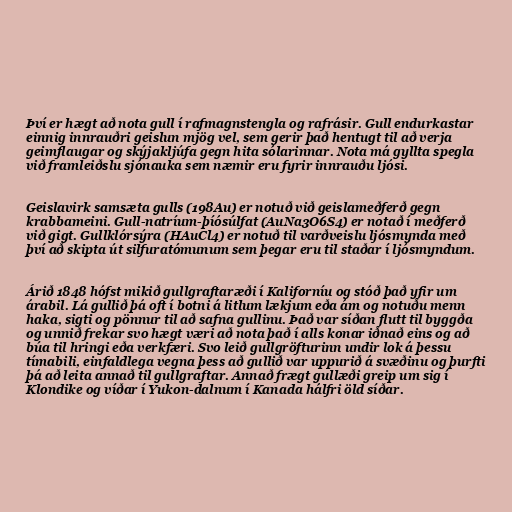
Því er hægt að nota gull í rafmagnstengla og rafrásir. Gull endurkastar
einnig innrauðri geislun mjög vel, sem gerir það hentugt til að verja
geimflaugar og skýjakljúfa gegn hita sólarinnar. Nota má gyllta spegla
við framleiðslu sjónauka sem næmir eru fyrir innrauðu ljósi.

Geislavirk samsæta gulls (198Au) er notuð við geislameðferð gegn
krabbameini. Gull-natríum-þíósúlfat (AuNa3O6S4) er notað í meðferð
við gigt. Gullklórsýra (HAuCl4) er notuð til varðveislu ljósmynda með
því að skipta út silfuratómunum sem þegar eru til staðar í ljósmyndum.

Árið 1848 hófst mikið gullgraftaræði í Kaliforníu og stóð það yfir um
árabil. Lá gullið þá oft í botni á litlum lækjum eða ám og notuðu menn
haka, sigti og pönnur til að safna gullinu. Það var síðan flutt til byggða
og unnið frekar svo hægt væri að nota það í alls konar iðnað eins og að
búa til hringi eða verkfæri. Svo leið gullgröfturinn undir lok á þessu
tímabili, einfaldlega vegna þess að gullið var uppurið á svæðinu og þurfti
þá að leita annað til gullgraftar. Annað frægt gullæði greip um sig í
Klondike og víðar í Yukon-dalnum í Kanada hálfri öld síðar.